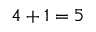
4 + 1 = 5